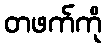
တဖက်ကို